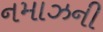
નમાઝની